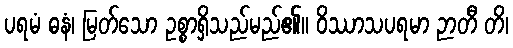
ပရမံ ဓနံ၊ မြတ်သော ဥစ္စာရှိသည်မည်၏။ ဝိဿာသပရမာ ဉာတီ တိ၊